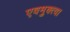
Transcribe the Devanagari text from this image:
एवमुक्त्वा